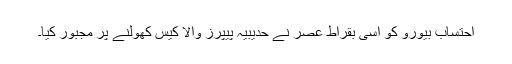
احتساب بیورو کو اسی بقراطِ عصر نے حدیبیہ پیپرز والا کیس کھولنے پر مجبور کیا۔